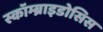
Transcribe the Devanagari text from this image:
स्कॉम्ब्राइडोसिस